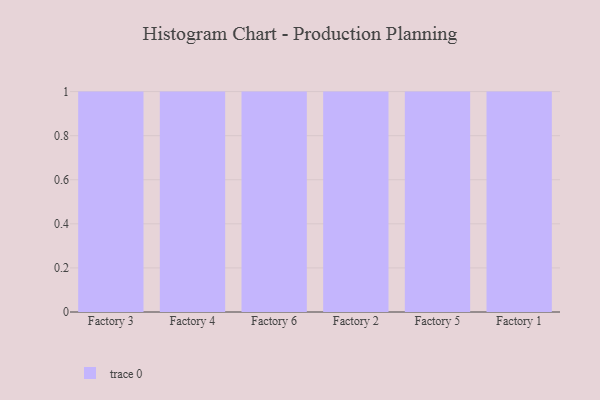
{"axis": {"x": "Factory", "y": "Revenue (USD Million)"}, "legend": [""], "data": [{"x": "Factory 3", "y": 5, "type": ""}, {"x": "Factory 4", "y": 31, "type": ""}, {"x": "Factory 6", "y": 77, "type": ""}, {"x": "Factory 2", "y": 63, "type": ""}, {"x": "Factory 5", "y": 55, "type": ""}, {"x": "Factory 1", "y": 93, "type": ""}]}